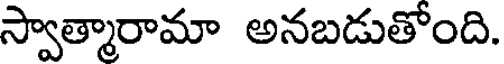
స్వాత్మారామా అనబడుతోంది.